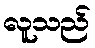
လူသည်